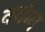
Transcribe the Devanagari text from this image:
वयंग्य